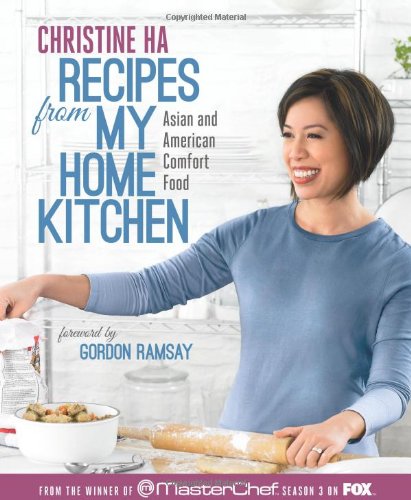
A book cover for Recipes from My Home Kitchen: Asian and American Comfort Food from the Winner of MasterChef Season 3 on FOX(TM); Christine Ha; Cookbooks, Food & Wine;